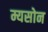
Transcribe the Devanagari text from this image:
म्यसोन